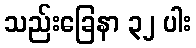
သည်းခြေနာ ၃၂ ပါး